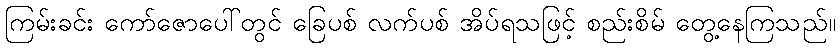
ကြမ်းခင်း ကော်ဇောပေါ်တွင် ခြေပစ် လက်ပစ် အိပ်ရသဖြင့် စည်းစိမ် တွေ့နေကြသည်။